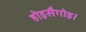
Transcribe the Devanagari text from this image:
होइसैगोइ।